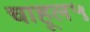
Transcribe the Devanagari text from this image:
चाहूल५